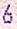
6